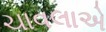
ચાવલાએ